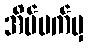
အိပ်မက်မှ